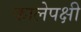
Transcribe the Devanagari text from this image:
कालेपक्षी